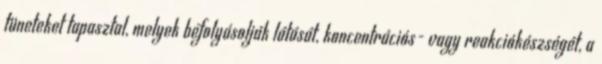
tüneteket tapasztal, melyek befolyásolják látását, koncentrációs- vagy reakciókészségét, a